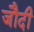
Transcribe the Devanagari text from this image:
जौदी